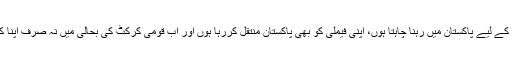
وسیم خان کا کہنا تھا کہ میراکنٹریکٹ3سال کاہے لیکن طویل مدت کے لیے پاکستان میں رہنا چاہتا ہوں، اپنی فیملی کو بھی پاکستان منتقل کررہا ہوں اور اب قومی کرکٹ کی بحالی میں نہ صرف اپنا کردار ادا کروں گا بلکہ اس کے لیے جلد اہداف بھی مقرر کریں گے۔